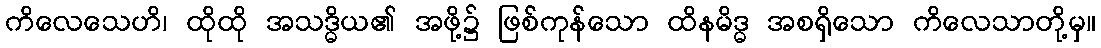
ကိလေသေဟိ၊ ထိုထို အသဒ္ဓိယ၏ အဖို့၌ ဖြစ်ကုန်သော ထိနမိဒ္ဓ အစရှိသော ကိလေသာတို့မှ။